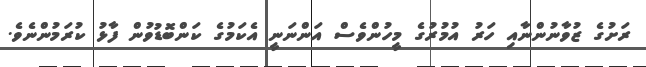
ރަށުގެ ޒުވާނުންނާއި ހަރު އުމުރުގެ މީހުންވެސް އަންނަނީ އެކަމުގެ ކަންބޮޑުވުން ފާޅު ކުރަމުންނެވެ.